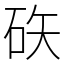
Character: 䂠